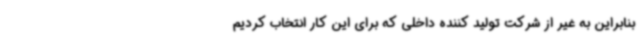
بنابراین به غیر از شرکت تولید کننده داخلی که برای این کار انتخاب کردیم